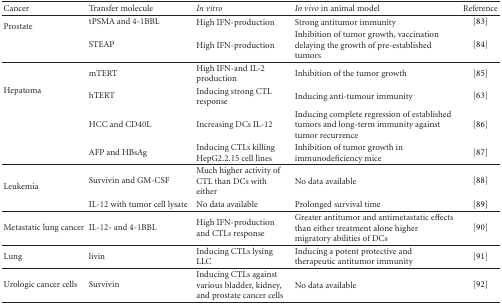
| Cancer | Transfer molecule | In vitro | In vivo in animal model | Reference |
 | --- | --- | --- | --- | --- |
 | <ROWSPAN=2> Prostate | tPSMA and 4-1BBL | High IFN-production | Strong antitumor immunity | [83] |
 | STEAP | High IFN-production | Inhibition of tumor growth, vaccination delaying the growth of pre-established tumors | [84] |
 | <ROWSPAN=4> Hepatoma | mTERT | High IFN-and IL-2 production | Inhibition of the tumor growth | [85] |
 | hTERT | Inducing strong CTL response | Inducing anti-tumour immunity | [63] |
 | HCC and CD40L | Increasing DCs IL-12 | Inducing complete regression of established tumors and long-term immunity against tumor recurrence | [86] |
 | AFP and HBsAg | Inducing CTLs killing HepG2.2.15 cell lines | Inhibition of tumor growth in immunodeficiency mice | [87] |
 | <ROWSPAN=2> Leukemia | Survivin and GM-CSF | Much higher activity of CTL than DCs with either | No data available | [88] |
 | IL-12 with tumor cell lysate | No data available | Prolonged survival time | [89] |
 | Metastatic lung cancer | IL-12- and 4-1BBL | High IFN-production and CTLs response | Greater antitumor and antimetastatic effects than either treatment alone higher migratory abilities of DCs | [90] |
 | Lung | livin | Inducing CTLs lysing LLC | Inducing a potent protective and therapeutic antitumor immunity | [91] |
 | Urologic cancer cells | Survivin | Inducing CTLs against various bladder, kidney, and prostate cancer cells | No data available | [92] |